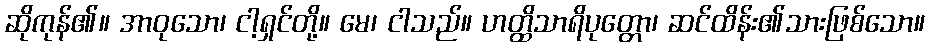
ဆိုကုန်၏။ အာဝုသော၊ ငါ့ရှင်တို့။ မေ၊ ငါသည်။ ဟတ္ထိသာရိပုတ္တော၊ ဆင်ထိန်း၏သားဖြစ်သော။